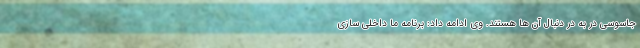
جاسوسی در به در دنبال آن ها هستند. وی ادامه داد: برنامه ما داخلی سازی